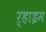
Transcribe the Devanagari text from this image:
ऱ्हाइम